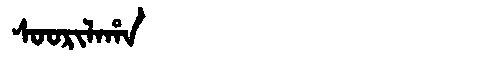
Manchu: ᠰᠣᠣᡵᡳᠯᠠᡥᠠ
Romanization: SOORILAHA